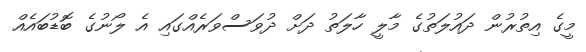
މީގެ އިތުރުން ދައުލަތުގެ މާލީ ހާލަތު ދަށް ދުވަސްވަރެއްގައި އެ ލޯނުގެ ބޮޑުބައެއް